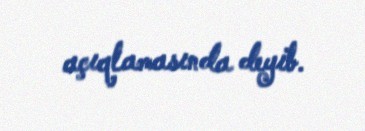
açıqlamasında deyib.